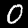
Digit: 0